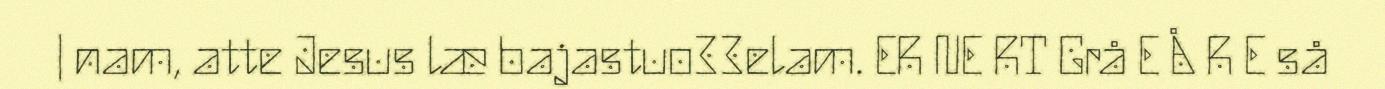
| nam, atte Jesus læ bajastuo33elam. ER NE RT Grå E Å R E så